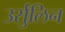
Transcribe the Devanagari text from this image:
उर्सुलिन